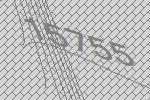
15755